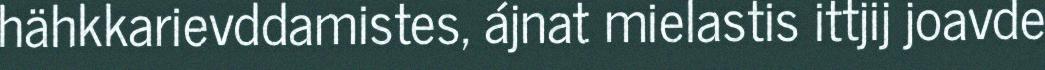
hähkkarievddamistes, ájnat mielastis ittjij joavde